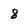
Character: 8